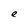
Character: e